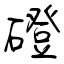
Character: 磴